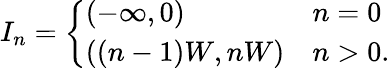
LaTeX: I_{n}=\left\{ \begin{array}{ll}{(-\infty,0)}&{n=0}\\ {((n-1)W,nW)}&{n>0.}\end{array}\right.